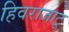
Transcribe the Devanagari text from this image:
हिवराजाटू